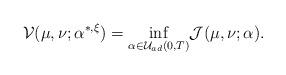
LaTeX: \begin{align*}\mathcal{V}(\mu,\nu;\alpha^{*,\xi})=\underset{\alpha\in\mathcal{U}_{ad}(0,T)}{\inf} \mathcal{J(}\mu,\nu;\alpha).\end{align*}